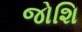
જોશિ